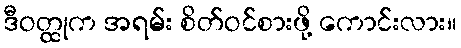
ဒီဝတ္ထုက အရမ်း စိတ်ဝင်စားဖို့ ကောင်းလား။